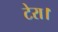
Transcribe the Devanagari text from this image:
टेरा।